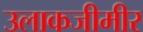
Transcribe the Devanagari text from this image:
उलाकजीमीर